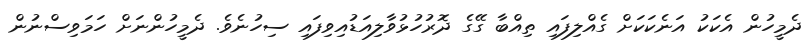
ދެމީހުން އެކަކު އަނެކަކަށް ގެއްލިފައި ތިއްބާ ގޭގެ ދޮރުހުޅުވާލިއަޑުއިވިފައި ސިހުނެވެ. ދެމީހުންނަށް ހަމަވިސްނުން